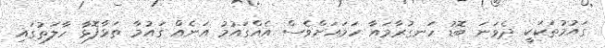
ގައުމުތަކަކީ ދެވަނަ ބޮޑު ހަނގުރާމައާ ހަމައަށްވެސް އެއްގައުމު އަނެއް ގައުމާ ތަޅާފޮޅާ ހާލަތުގައި